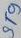
Text: 9T9